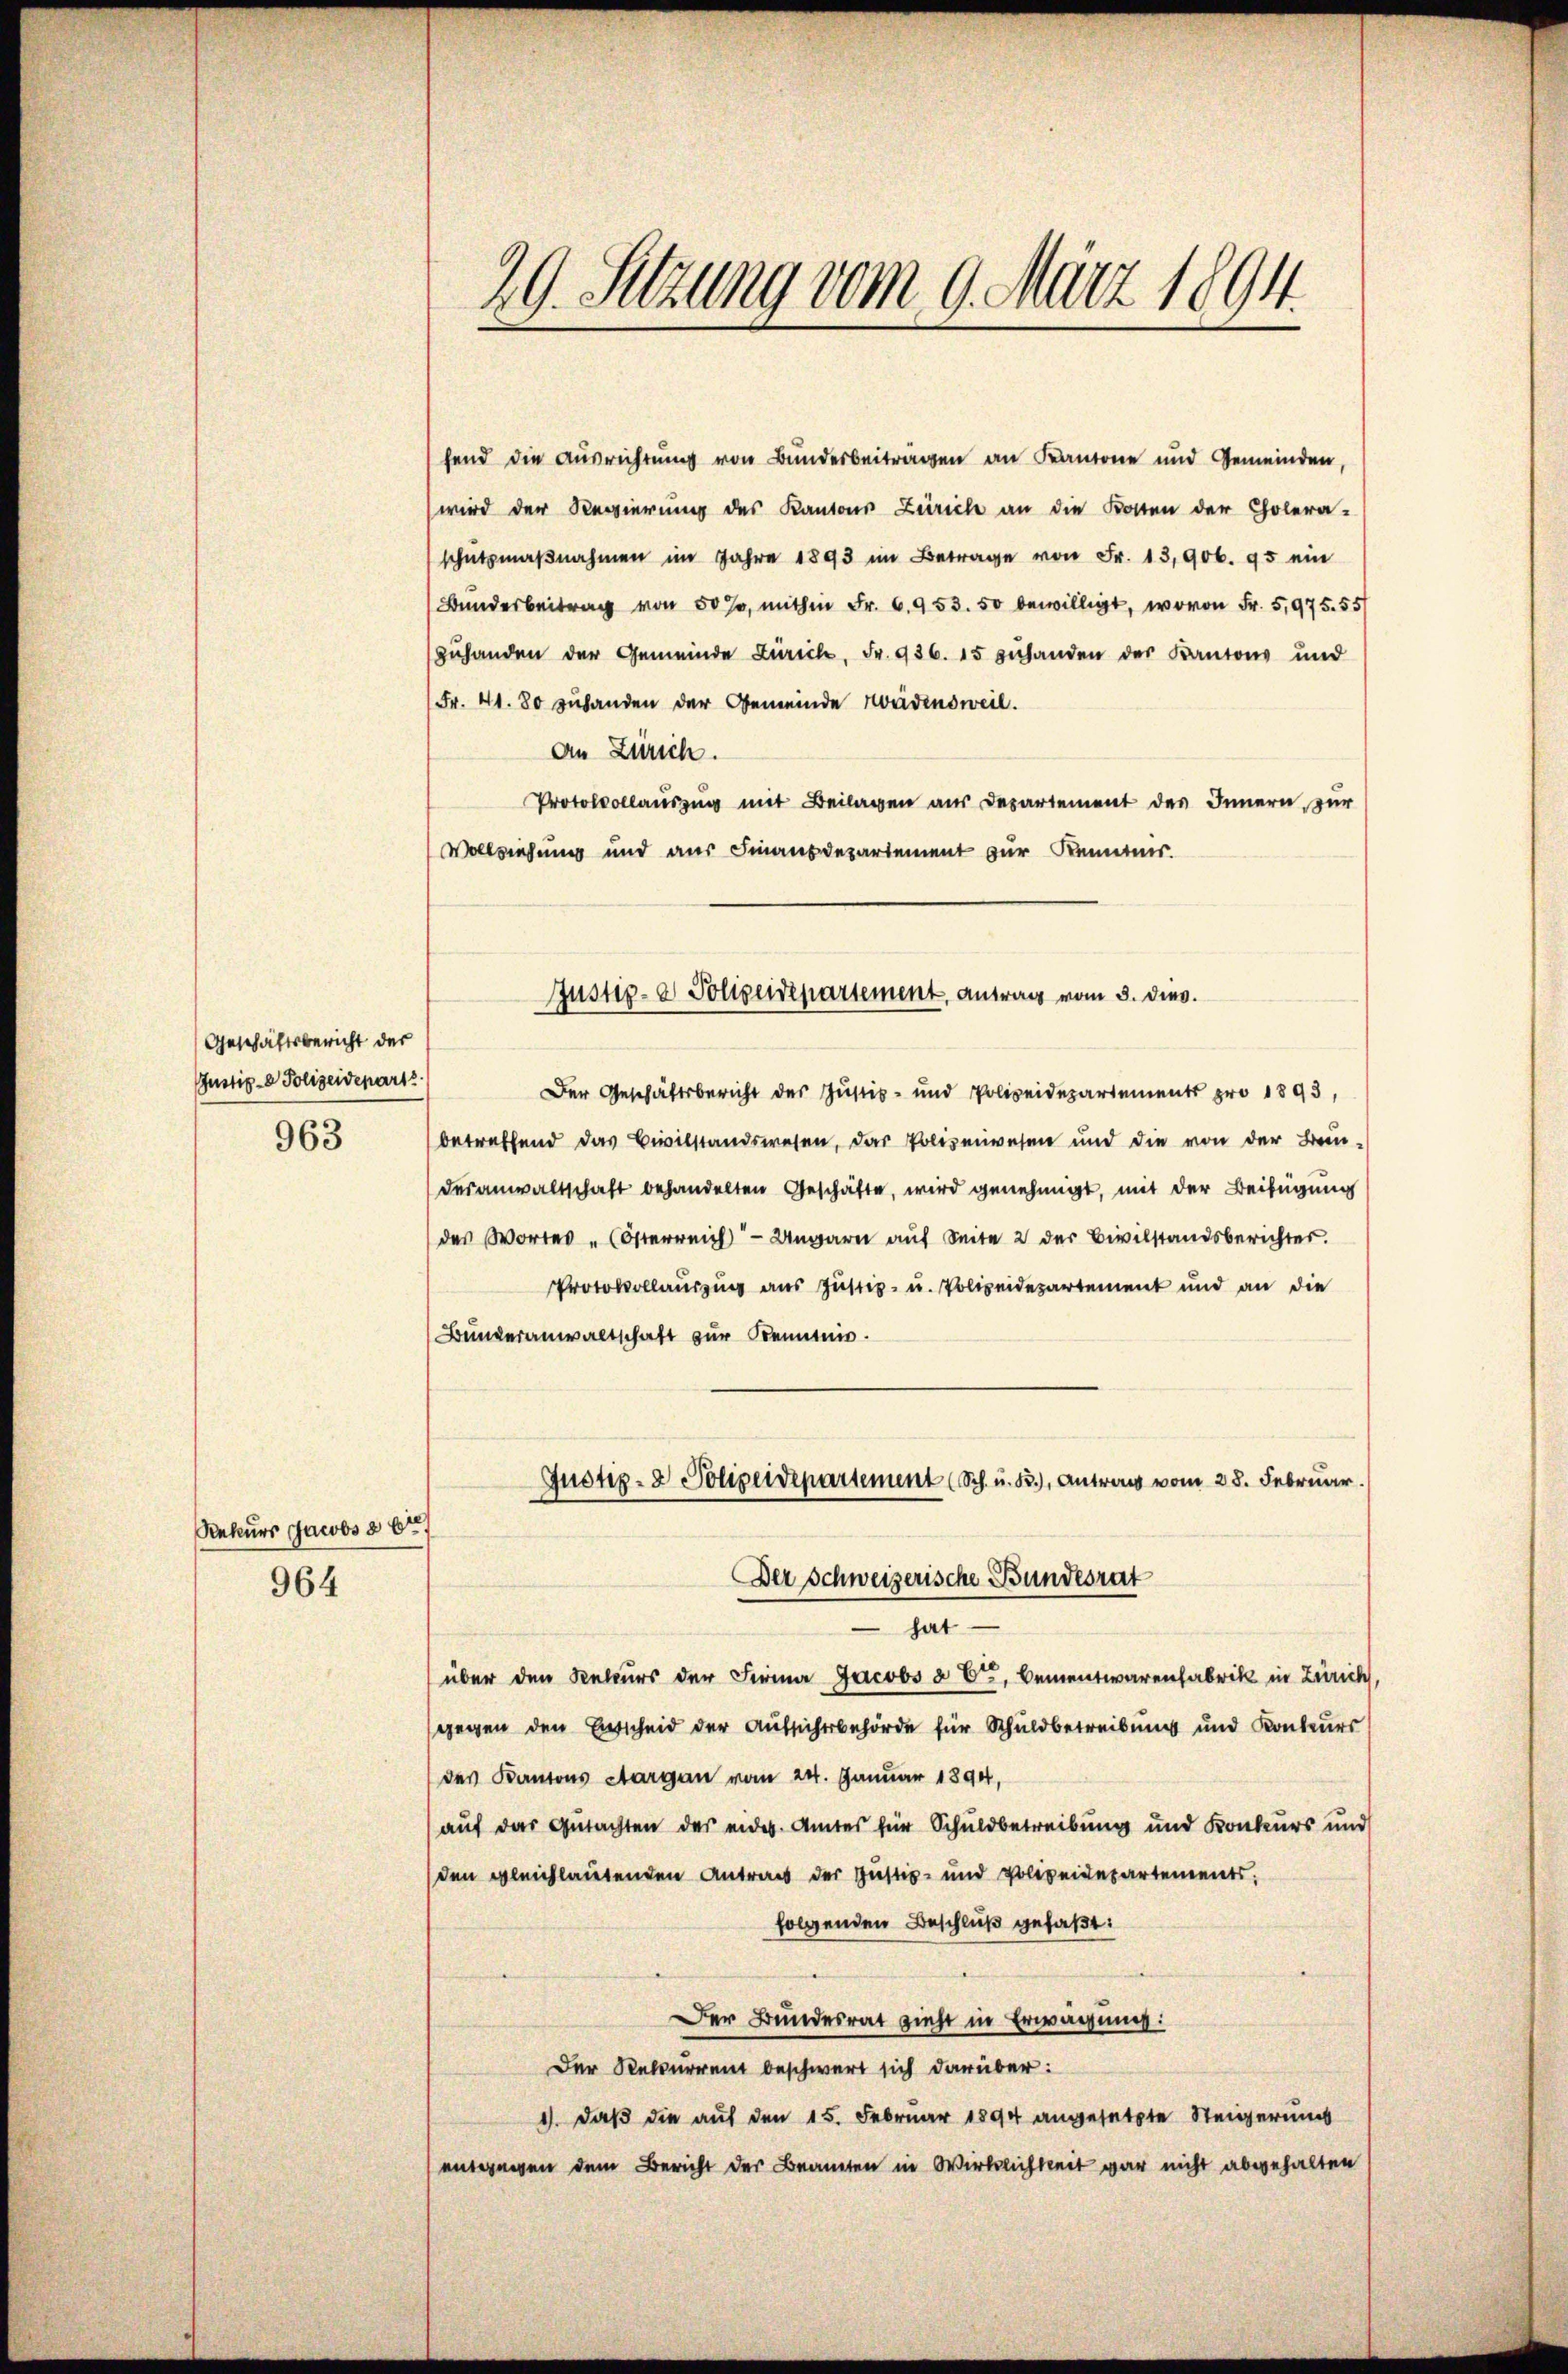
Geschäftsbericht der
Justiz- & Polizeidepart
963

Rekurs Jacobs § 67
964

29. Setzung vom 9. März 1894.

fend die Ausrichtung von Bunderbeitragen an Kantone und Gemeinden,
wird der Regierung des Kantons Zürich an die Kosten der Cholera-
schützmaβnahmen im Jahre 1893 im Betrage von Fr. 13,906. 95 ei
Bunderbeitrag von 50 %, mithin Fr. 6.953. 50 bewilligt, wovon Fr. 5,975. 55/
zuhanden der Gemeinde Zürich, Fr. 936. 15 zuhanden der Kantons und
Fr. 41. 80 zuhanden der Gemeinde Weidensweil.
An Zürich.
Protokollauszug mit Beilagen aus Departement des Innern zur
Vollziehung und aus Finanzdepartement zur Kenntnis.
Der Geschäftsbericht des Justiz- und Polizeidepartements pro 1893,
betreffend das Civilstandswesen, das Polizeiwesen und die von der Bun-
desanwaltschaft behandelten Geschäfte, wird genehmigt, mit der Beifügung
des Wortes " (Österreich - Ungarn aŭf Seite 2 der Civilstandsberichter.
Protokollauszug aus Justiz- u. Polizeidepartement und an die
Bunderanwaltschaft zur Kenntnis.
Justiz- & Polizeidepartement (Sch. u. B.), Antrag vom 28. Februar.
Der Schweizerische Bundesrat
hat
e
über den Rekurs der Firma Jacobs à C, Bementwarenfabrik in Zürich,
gegen den Entscheid der Aufsicherbehörde für Schuldbetreibung und Konteurs
des Kantons Aargau vom 24. Januar 1890,
auf das Gutachten des eider. Amtes für Schuldbetreibung und Konkurs und
den gleichlautenden Antrag der Justiz- und Polizeidepartements.
folgenden Beschluß gefaßt:
Der Bundesrat zieht in Erwägung:
Der Rekurrent beschwert sich darüber:
1) daß die auf den 15. Februar 1894 angesetzte Steigerung
entgegen dem Bericht der Beamten in Wirklichkeit gar nicht abgehalten

Justiz- & Polizeidepartement, antrag vom 3. dies.